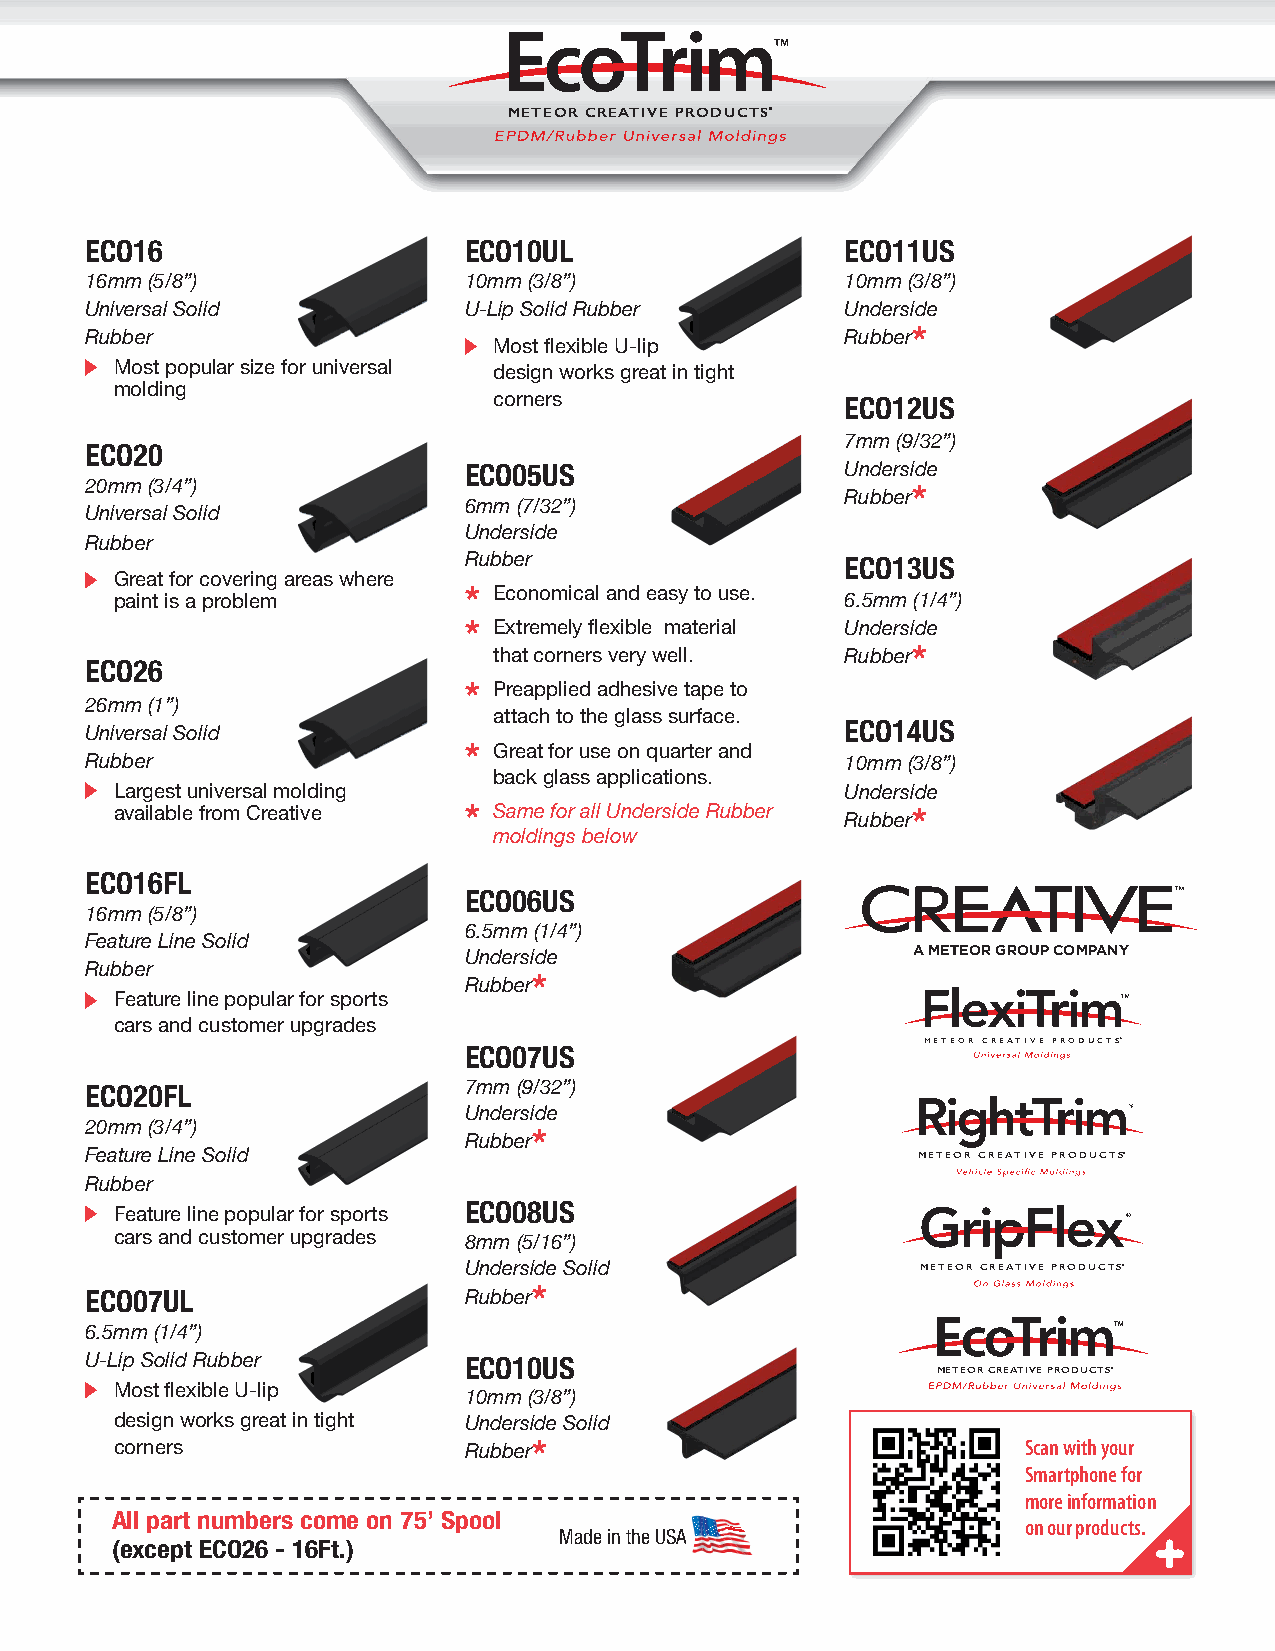
METEOR CREATIVE PRODUCTS®
 ECO16                    ECO10UL                  ECO11US
 16mm (5/8”)              10mm (3/8”)              10mm (3/8”)
 Universal Solid          U-Lip Solid Rubber       Underside
 *
 Rubber                                            Rubber
 Most flexible U-lip
 M ost popular size for universal design works great in tight
 molding
 corners                ECO12US
 7mm (9/32”)
 ECO20
 ECO05US                  Underside
 20mm (3/4”)                                           *
 Rubber
 6mm (7/32”)
 Universal Solid
 Underside
 Rubber
 Rubber                   ECO13US
 Great for covering areas where
 * E conomical and easy to use.
 paint is a problem                              6.5mm (1/4”)
 * Extremely flexible material Underside
 that corners very well. Rubber*
 ECO26
 * Preapplied adhesive tape to
 26mm (1”)
 attach to the glass surface.
 ECO14US
 Universal Solid
 * Great for use on quarter and
 Rubber                                            10mm (3/8”)
 back glass applications.
 Largest universal molding                       Underside
 available from Creative * Same for all Underside Rubber *
 Rubber
 moldings below
 ECO16FL
 ECO06US
 16mm (5/8”)
 6.5mm (1/4”)                A METEOR GROUP COMPANY
 Feature Line Solid
 A METEOR GROUP COMPANY
 Underside
 Rubber
 *
 Rubber
 Feature line popular for sports
 cars and customer upgrades
 ECO07US
 MEMTEETOEORR C CRREEAATTIIVVEE P RPORDOUDCUTSC®TS®
 ECO20FL                  7mm (9/32”)
 Underside
 20mm (3/4”)                  *                          METEOR CREATIVE PRODUCTS®
 Rubber
 Feature Line Solid                                     METEOR CREATIVE PRODUCTS®
 Rubber
 ECO08US
 F eature line popular for sports
 METEOR CREATIVE PRODUCTS®
 cars and customer upgrades 8mm (5/16”)
 Underside Solid               METEOR CREATIVE PRODUCTS®
 ECO07UL                  Rubber*
 METEOR CREATIVE PRODUCTS®
 6.5mm (1/4”)
 U-Lip Solid Rubber       ECO10US
 METEOR CREATIVE PRODUCTS®
 Most flexible U-lip
 10mm (3/8”)
 design works great in tight Underside Solid
 corners                Rubber*                              Scan with your
 Smartphone for
 more information
 All part numbers come on 75’ Spool
 on our products.
 Made in the USA                        +
 (except ECO26 - 16Ft.)